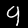
Label: 9